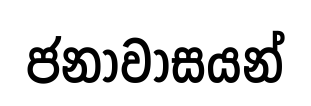
ජනාවාසයන්